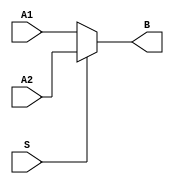
`timescale 1ns / 1ps
//////////////////////////////////////////////////////////////////////////////////
// Company: 
// Engineer: 
// 
// Design Name: 
// Module Name:    MUX2_1 
// Project Name: 
// Target Devices: 
// Tool versions: 
// Description: 
//
// Dependencies: 
//
// Revision: 
// Revision 0.01 - File Created
// Additional Comments: 
//
//////////////////////////////////////////////////////////////////////////////////
module MUX2_1(A1,A2,S,B
    );
	 input [127:0] A1,A2;
	 input S;
	 output reg [127:0]B;
	 
	 always @(*)
	 begin
			if(S==0)
				B=A1;
			else
				B=A2;
	 end
endmodule